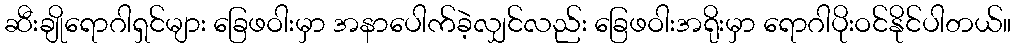
ဆီးချိုရောဂါရှင်များ ခြေဖဝါးမှာ အနာပေါက်ခဲ့လျှင်လည်း ခြေဖဝါးအရိုးမှာ ရောဂါပိုးဝင်နိုင်ပါတယ်။